Vaccination in Bombay 1913-1923 - 1913-1923
Year: 1913
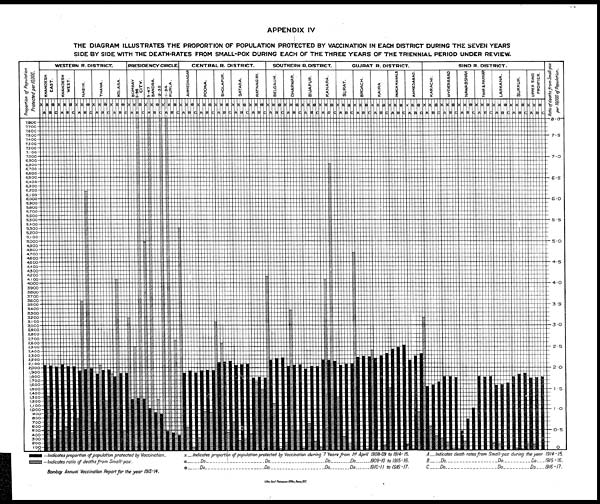
APPENDIX IV
THE DIAGRAM ILLUSTRATES THE PROPORTION OF POPULATION PROTECTED BY VACCINATION IN EACH DISTRICT DURING THE SEVEN YEARS
SIDE BY SIDE WITH THE DEATH-RATES FROM SMALL-POX DURING EACH OF THE THREE YEARS OF THE TRIENNIAL PERIOD UNDER REVIEW.